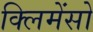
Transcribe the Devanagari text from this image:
क्लिमेंसो